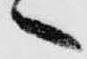
へ